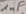
Text: 1µF